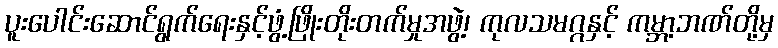
ပူးပေါင်းဆောင်ရွက်ရေးနှင့်ဖွံ့ဖြိုးတိုးတက်မှုအဖွဲ့၊ ကုလသမဂ္ဂနှင့် ကမ္ဘာ့ဘဏ်တို့မှ